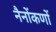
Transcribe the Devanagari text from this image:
नैनोंकणों